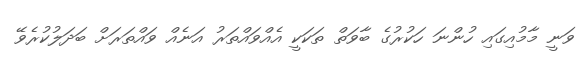
ވަނީ މާމުއިގައި ހުންނަ ހަކުރުގެ ބާވަތް ތަކަކީ އެއްވައްތަރު އަނެއް ވައްތަރަށް ބަދަލުކުރެވޭ